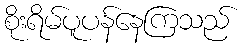
စိုးရိမ်ပူပန်နေကြသည်